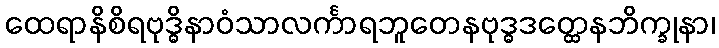
ထေရာနိစိရဗုဒ္ဓိနာဝံသာလင်္ကာရဘူတေနဗုဒ္ဓဒတ္ထေနဘိက္ခုနာ၊